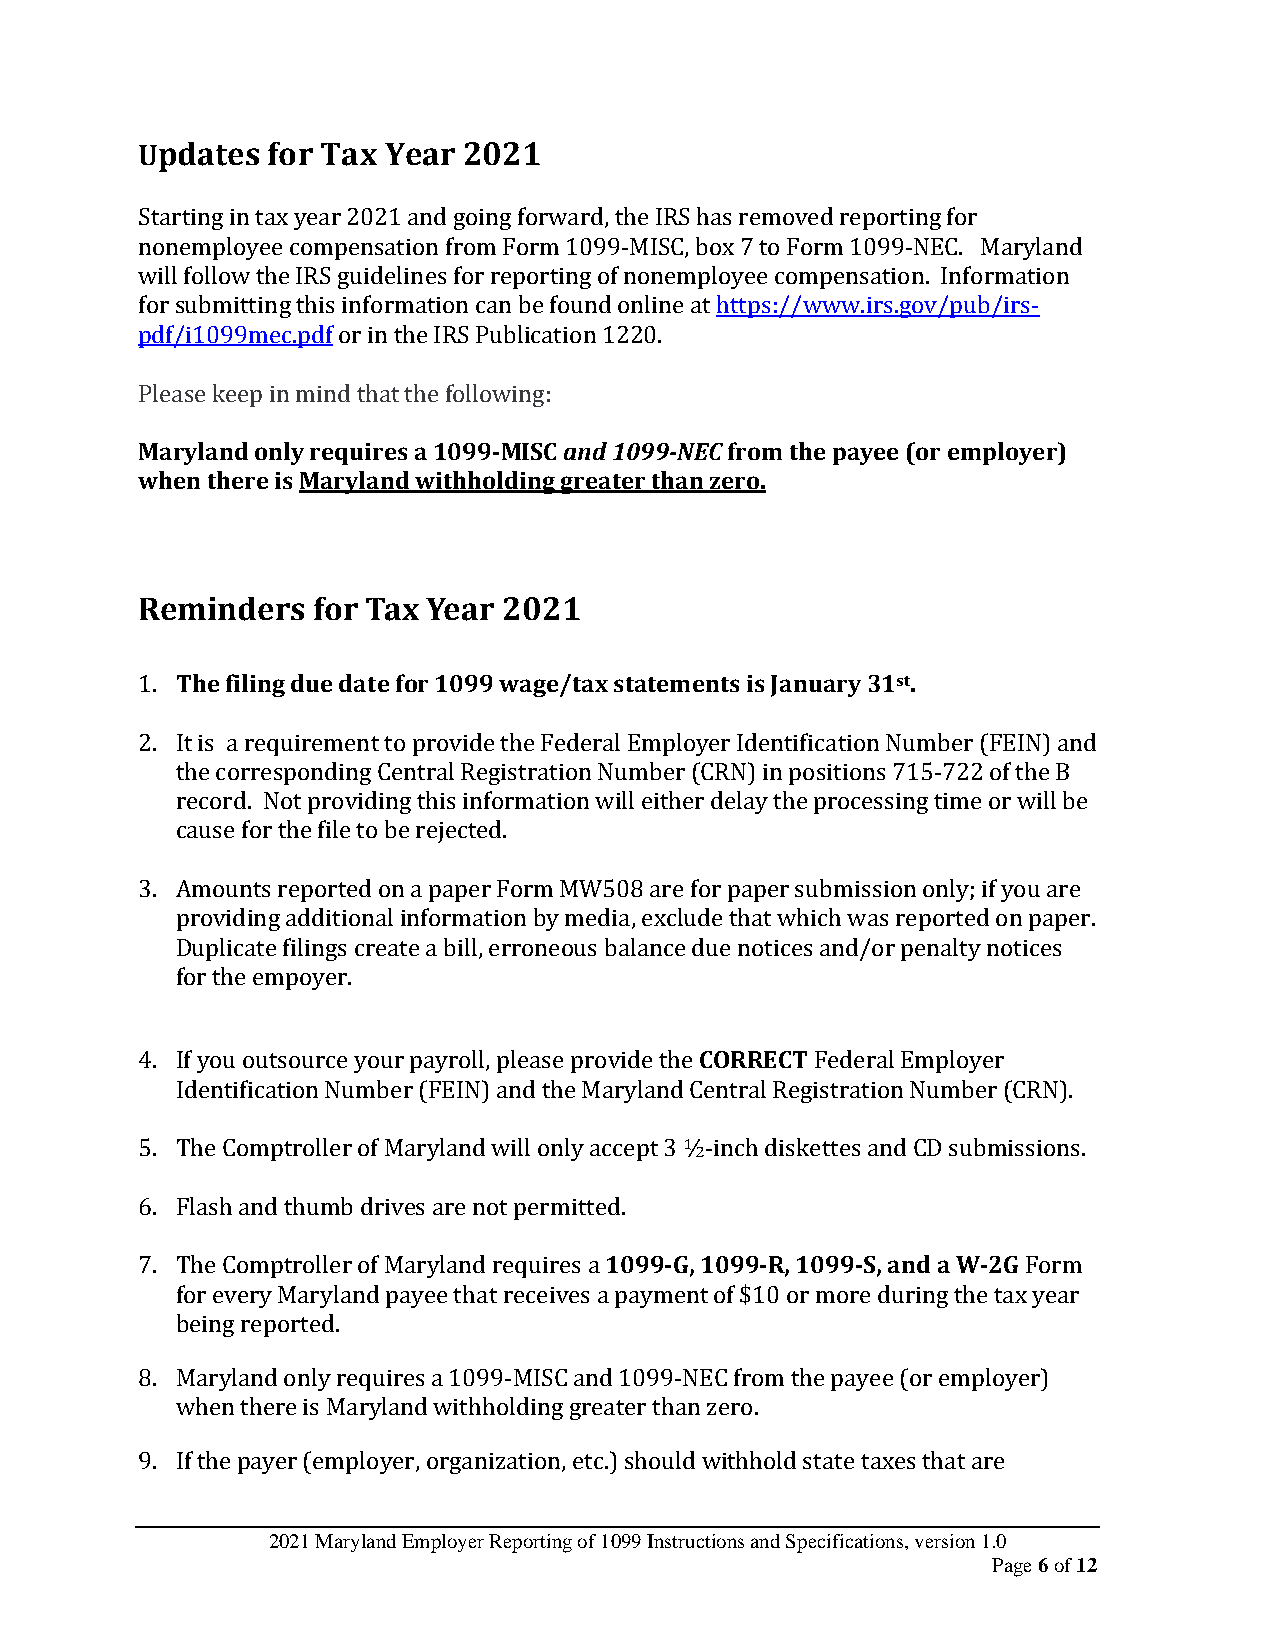
Updates  for Tax Year 2021
 Starting in tax year 2021 and going forward, the IRS has removed reporting for
 nonemployee compensation from Form 1099-MISC, box 7 to Form 1099-NEC. Maryland
 will follow the IRS guidelines for reporting of nonemployee compensation. Information
 for submitting this information can be found online at https://www.irs.gov/pub/irs-
 pdf/i1099mec.pdf or in the IRS Publication 1220.
 Please keep in mind that the following:
 Maryland only requires a 1099-MISC and 1099-NEC from the payee (or employer)
 when there is Maryland withholding greater than zero.
 Reminders   for Tax Year 2021
 1. The filing due date for 1099 wage/tax statements is January 31st.
 2. It is a requirement to provide the Federal Employer Identification Number (FEIN) and
 the corresponding Central Registration Number (CRN) in positions 715-722 of the B
 record. Not providing this information will either delay the processing time or will be
 cause for the file to be rejected.
 3. Amounts reported on a paper Form MW508 are for paper submission only; if you are
 providing additional information by media, exclude that which was reported on paper.
 Duplicate filings create a bill, erroneous balance due notices and/or penalty notices
 for the empoyer.
 4. If you outsource your payroll, please provide the CORRECT Federal Employer
 Identification Number (FEIN) and the Maryland Central Registration Number (CRN).
 5. The Comptroller of Maryland will only accept 3 ½-inch diskettes and CD submissions.
 6. Flash and thumb drives are not permitted.
 7. The Comptroller of Maryland requires a 1099-G, 1099-R, 1099-S, and a W-2G Form
 for every Maryland payee that receives a payment of $10 or more during the tax year
 being reported.
 8. Maryland only requires a 1099-MISC and 1099-NEC from the payee (or employer)
 when there is Maryland withholding greater than zero.
 9. If the payer (employer, organization, etc.) should withhold state taxes that are
 2021 Maryland Employer Reporting of 1099 Instructions and Specifications, version 1.0
 Page 6 of 12